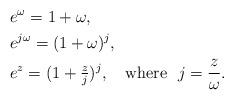
LaTeX: \begin{align*}&e^\omega=1+\omega, \\&e^{j\omega}=(1+\omega)^j, \\&e^z=(1+\tfrac zj)^j,\ \ \ \mbox{where}\ \ j=\dfrac z\omega.\end{align*}